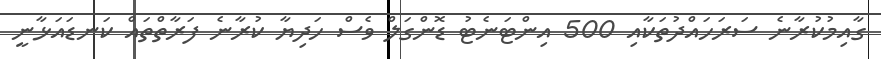
ގާއިމުކުރާނެ ސަރަހައްދުތަކާއި 500 އިންޓަނެޓު ޑޮންގަލް ވެސް ހަދިޔާ ކުރާނެ ފަރާތްތައް ކަނޑައަޅާނީ